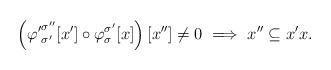
LaTeX: \begin{align*} \left({\varphi'}_{\sigma'}^{\sigma''}[x'] \circ \varphi_{\sigma}^{\sigma'}[x]\right)[x''] \not= 0 \implies x'' \subseteq x'x. \end{align*}